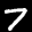
Label: 7